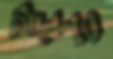
মিলেনুর